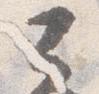
公